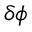
\delta \phi